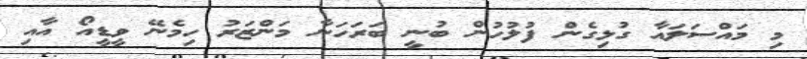
މި މައްސަލައާ ގުޅިގެން ފުލުހުން ބުނީ ބަަރަހަނާ މަންޒަރު ހިމެނޭ ވީޑީއޯ އާއި